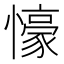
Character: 𭟖